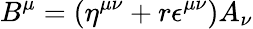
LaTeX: B^{\mu}=(\eta^{\mu\nu}+r\epsilon^{\mu\nu})A_{\nu}